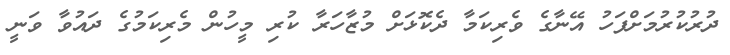
ދުރުކުރުމަށްފަހު އޭނާގެ ވެރިކަމާ ދެކޮޅަށް މުޒާހަރާ ކުރި މީހުން މެރިކަމުގެ ދައުވާ ވަނީ